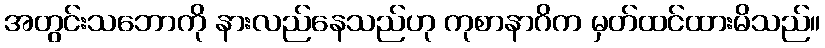
အတွင်းသဘောကို နားလည်နေသည်ဟု ကုစာနာဂိက မှတ်ထင်ထားမိသည်။